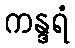
ကန္ဒရံ